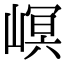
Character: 㟰